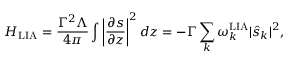
H _ { \mathrm { L I A } } = \frac { \Gamma ^ { 2 } \Lambda } { 4 \pi } \int \left\lvert \frac { \partial s } { \partial z } \right\lvert ^ { 2 } d z = - \Gamma \sum _ { k } \omega _ { k } ^ { \mathrm { L I A } } \lvert \hat { s } _ { k } \lvert ^ { 2 } ,